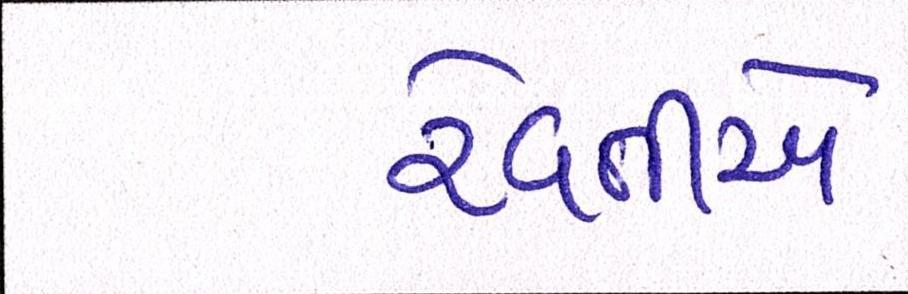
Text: રેવતીએ